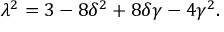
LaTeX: \lambda ^ { 2 } = { 3 - 8 \delta ^ { 2 } + 8 \delta \gamma - 4 \gamma ^ { 2 } } .